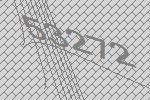
53272